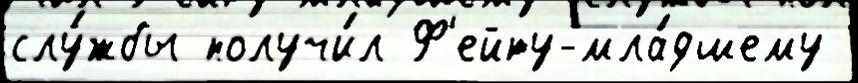
слу́жбы получи́л Ф'ейту-мла́дшему